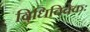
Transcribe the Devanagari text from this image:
विधिविवेकः